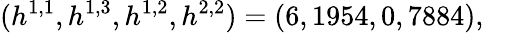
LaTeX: (h^{1,1},h^{1,3},h^{1,2},h^{2,2})=(6,1954,0,7884),\quad